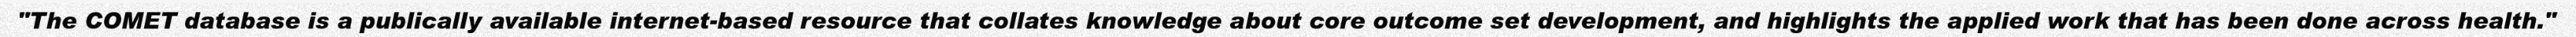
"The COMET database is a publically available internet-based resource that collates knowledge about core outcome set development, and highlights the applied work that has been done across health."